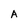
Character: A